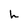
Character: h